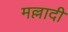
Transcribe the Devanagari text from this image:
मल्लादी